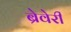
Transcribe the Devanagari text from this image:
ब्रेवेरी